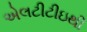
એલટીટીઇથી